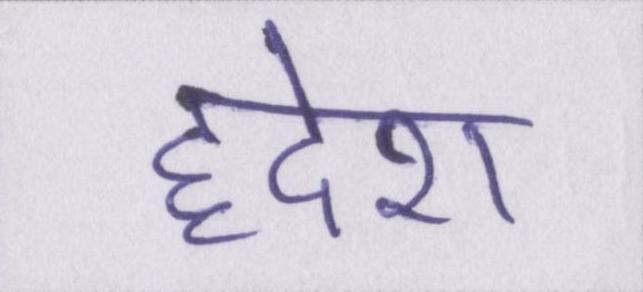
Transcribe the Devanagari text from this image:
हृदेश